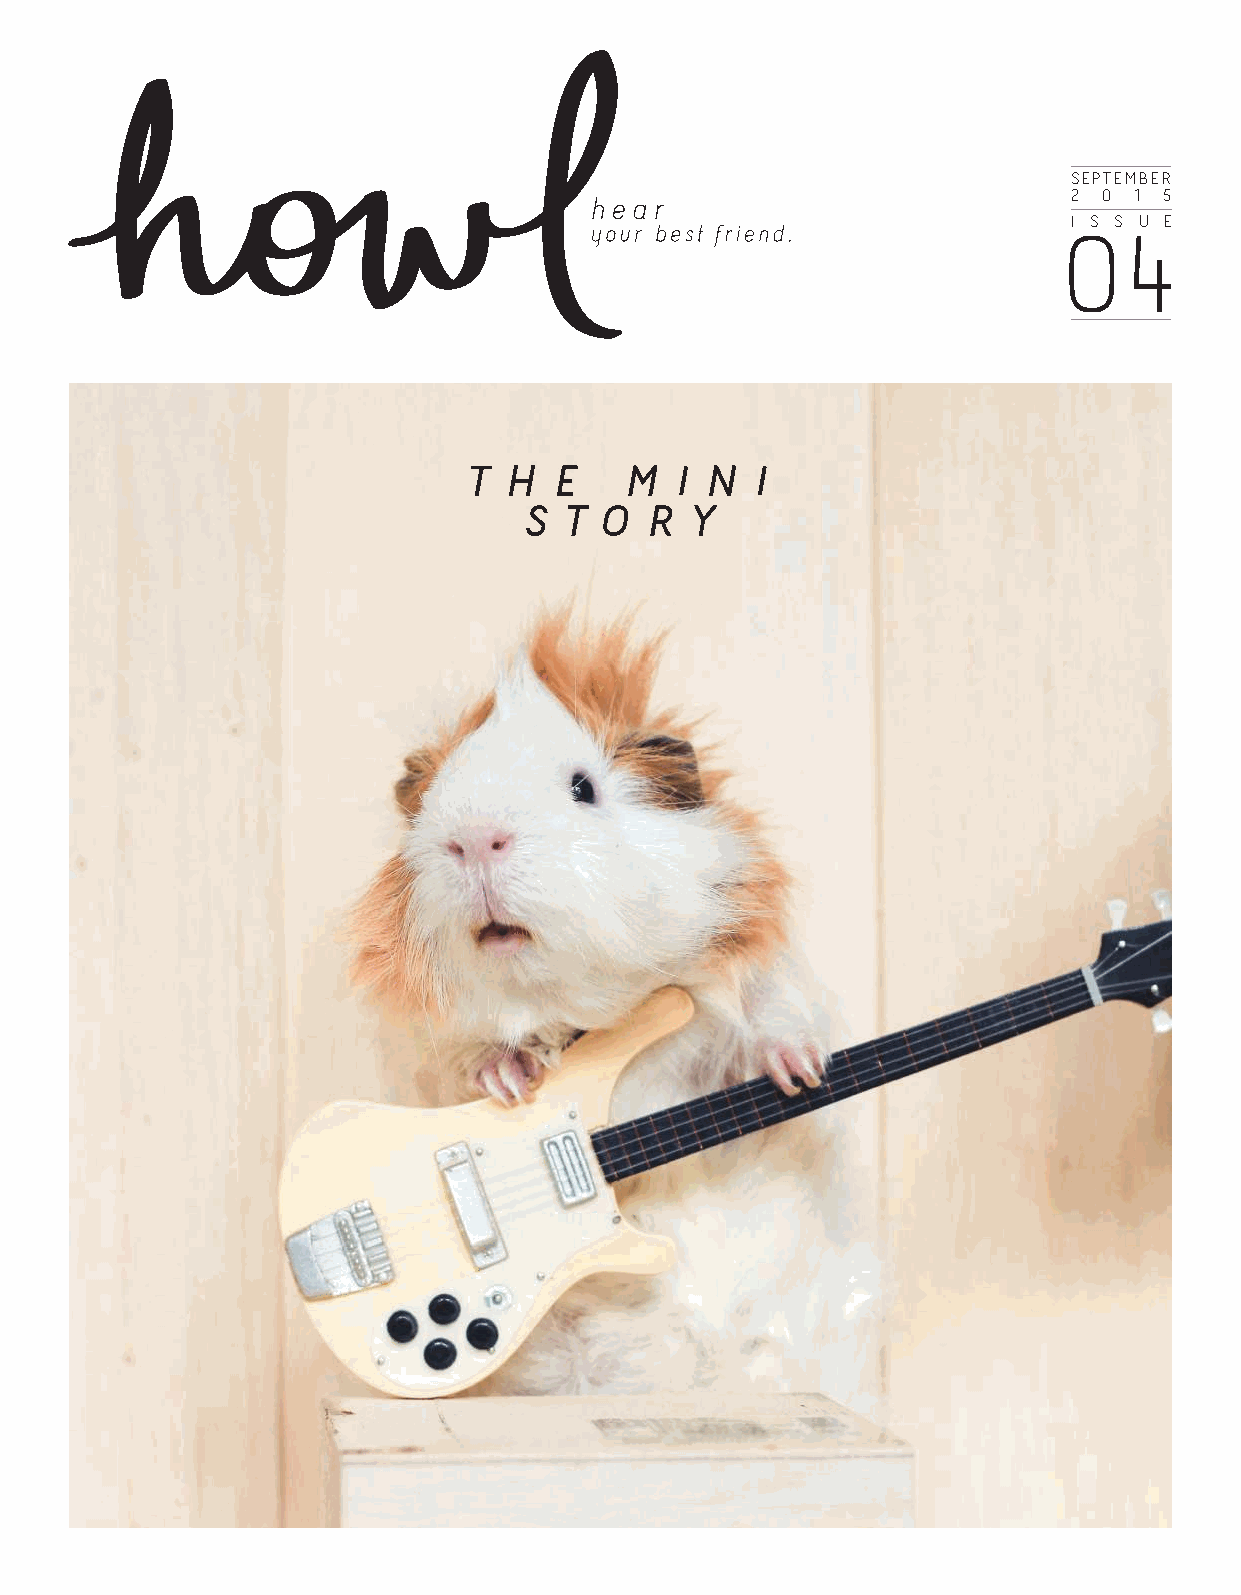
SEPTEMBER
 02 0 41 5
 I S S U E
 T  H  E   M   I N  I
 S  T O  R  Y
 03